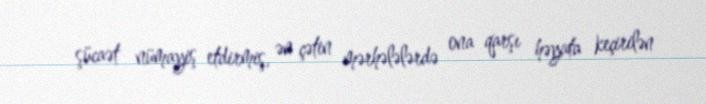
şücaət nümayiş etdirmiş, ən çətin mərhələlərdə ona qarşı həyata keçirilən